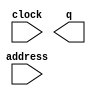
module mast_new (
	address,
	clock,
	q);

	input	[11:0]  address;
	input	  clock;
	output	[11:0]  q;
`ifndef ALTERA_RESERVED_QIS
// synopsys translate_off
`endif
	tri1	  clock;
`ifndef ALTERA_RESERVED_QIS
// synopsys translate_on
`endif

endmodule